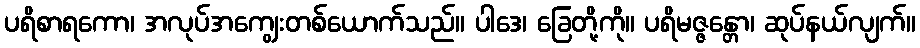
ပရိစာရကော၊ အလုပ်အကျွေးတစ်ယောက်သည်။ ပါဒေ၊ ခြေတို့ကို။ ပရိမဇ္ဇန္တော၊ ဆုပ်နယ်လျက်။